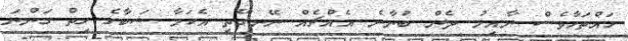
ހައްތަހާވެސް ނާއިލު ދެން ބުނާނެ އެއްޗެއް ނޭނގޭތީ އެކަމާ ޝަބާގެ ހިތް ގަންނަ